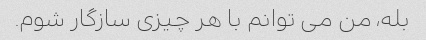
بله، من می توانم با هر چیزی سازگار شوم.